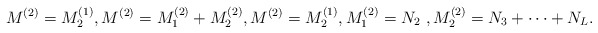
\begin{align*} M^{(2)} = M^{(1)}_2, M^{(2)} = M^{(2)} _1 + M^{(2)}_2, M^{(2)} = M^{(1)}_2 , M^{(2)}_1 = N_2~, M^{(2)}_2 = N_3 + \dots + N_L. \end{align*}